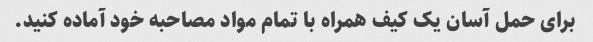
برای حمل آسان یک کیف همراه با تمام مواد مصاحبه خود آماده کنید.